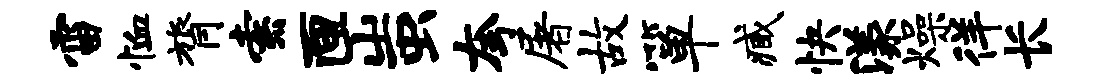
雷恤膂索匣蚩夸屠故箪臧快漾燥徉长